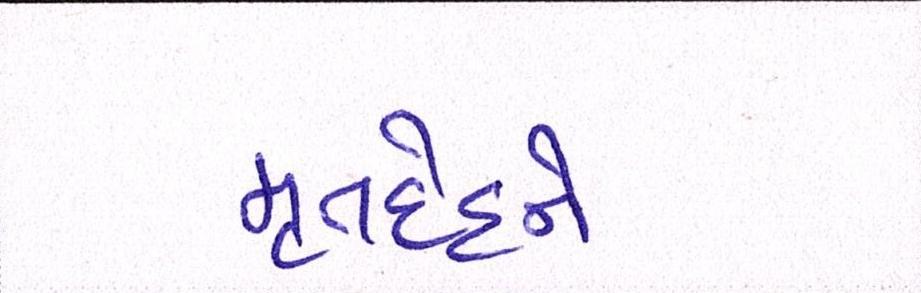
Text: મૃતદેહને